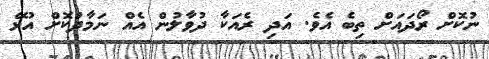
ނުކޮށް ރޯދައަށް ތިބެ އެވެ. އަދި ރެއަކާ ދުވާލުން އެއް ނަމާދުކޮށް އުޅޭ